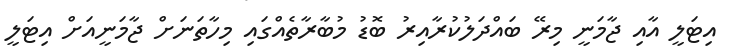
އިޓަލީ އާއި ޖާމަނީ މިރޭ ބައްދަލުކުރާއިރު ބޮޑު މުބާރާތެއްގައި މިހާތަނަށް ޖާމަނީއަށް އިޓަލީ